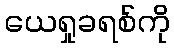
ယေရှုခရစ်ကို